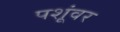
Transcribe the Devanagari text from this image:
पशूंवर